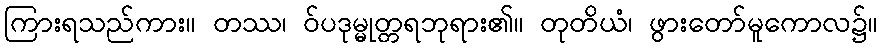
ကြားရသည်ကား။ တဿ၊ ဝ်ပဒုမ္မုတ္တရဘုရား၏။ တုတိယံ၊ ဖွားတော်မူကောလ၌။